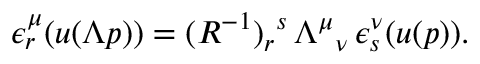
\epsilon _ { r } ^ { \mu } ( u ( \Lambda p ) ) = ( R ^ { - 1 } ) _ { r } { } ^ { s } \, \Lambda ^ { \mu } { } _ { \nu } \, \epsilon _ { s } ^ { \nu } ( u ( p ) ) .